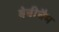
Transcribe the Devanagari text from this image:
बेबीचैम